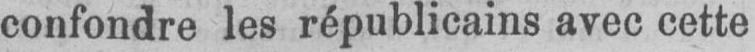
confondre les républicains avec cette